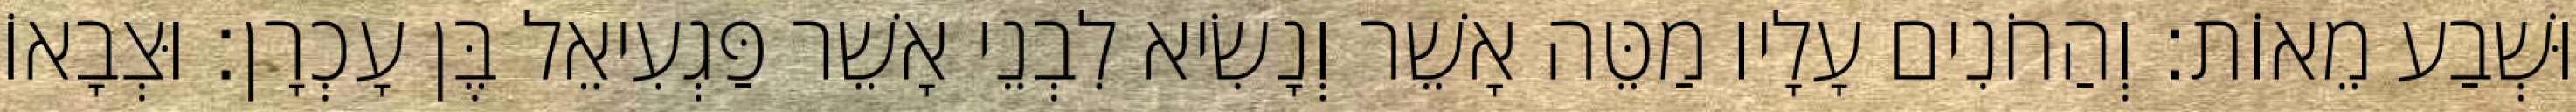
וּשְׁבַע מֵאוֹת׃ וְהַחֹנִים עָלָיו מַטֵּה אָשֵׁר וְנָשִׂיא לִבְנֵי אָשֵׁר פַּגְעִיאֵל בֶּן עָכְרָן׃ וּצְבָאוֹ